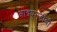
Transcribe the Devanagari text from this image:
आइएमडीबी